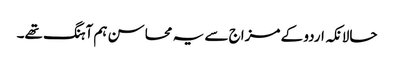
حالانکہ اردو کے مزاج سے یہ محاسن ہم آہنگ تھے۔